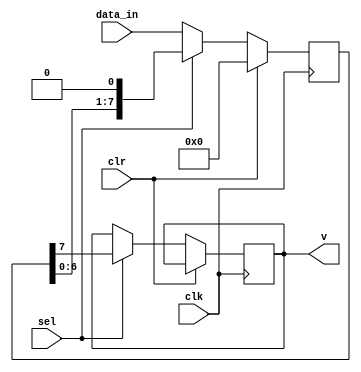
`timescale 1ns / 1ps
//////////////////////////////////////////////////////////////////////////////////
// Company: 
// Engineer: 
// 
// Design Name: 
// Module Name: PISO
// Project Name: 
// Target Devices: 
// Tool Versions: 
// Description: 
// 
// Dependencies: 
// 
// Revision:
// Revision 0.01 - File Created
// Additional Comments:
// 
//////////////////////////////////////////////////////////////////////////////////


module PISO(
input [7:0] data_in,
input sel, clk, clr,
output reg v
);

reg [7:0] q = 8'b00000000;

always @(posedge clk)
begin
  if (clr)
    q <= 8'b00000000;
  else if (!sel)
    q <= data_in;
  else
    begin
      v <= q[7];
      q <= q << 1;
    end
end
endmodule